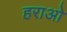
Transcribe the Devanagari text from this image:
हराओ